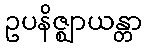
ဥပနိဇ္ဈာယန္တာ